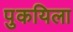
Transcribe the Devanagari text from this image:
पुकयिला